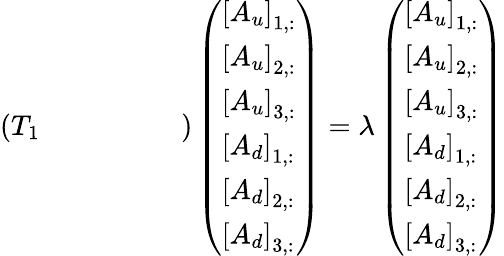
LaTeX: \left(\begin{array}{llllll}{T_{1}}&{}&{}&{}&{}&{}\end{array}\right)\left(\begin{array}{l}{\left[A_{u}\right]_{1,:}}\\ {\left[A_{u}\right]_{2,:}}\\ {\left[A_{u}\right]_{3,:}}\\ {\left[A_{d}\right]_{1,:}}\\ {\left[A_{d}\right]_{2,:}}\\ {\left[A_{d}\right]_{3,:}}\end{array}\right)=\lambda\left(\begin{array}{l}{\left[A_{u}\right]_{1,:}}\\ {\left[A_{u}\right]_{2,:}}\\ {\left[A_{u}\right]_{3,:}}\\ {\left[A_{d}\right]_{1,:}}\\ {\left[A_{d}\right]_{2,:}}\\ {\left[A_{d}\right]_{3,:}}\end{array}\right)